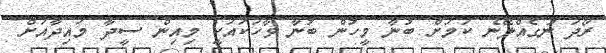
ރޯދަ ނުގެއްލޭނެ ކަމަށް ބުނާ މީހުން ބުނާ ވާހަކައަކީ މިއިން ސީދާ މައިދާއަށް